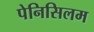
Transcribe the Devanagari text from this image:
पेनिसिलम